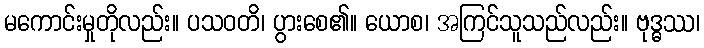
မကောင်းမှုတိုလည်း။ ပသဝတိ၊ ပွားစေ၏။ ယောစ၊ အကြင်သူသည်လည်း။ ဗုဒ္ဓဿ၊